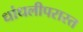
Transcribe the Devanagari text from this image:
धांधलीपरास्त